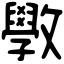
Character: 斆